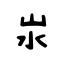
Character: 汖